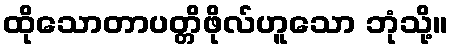
ထိုသောတာပတ္တိဖိုလ်ဟူသော ဘုံသို့။